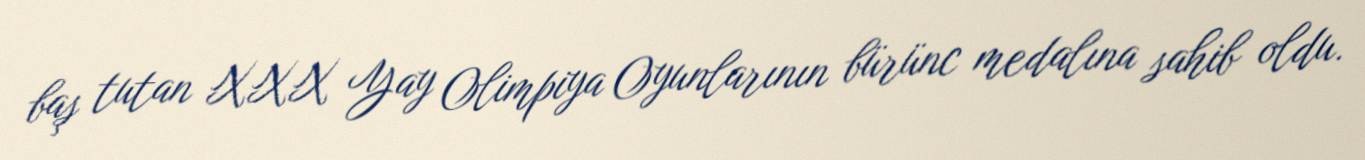
baş tutan XXX Yay Olimpiya Oyunlarının bürünc medalına sahib oldu.